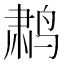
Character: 鹔